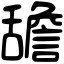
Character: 舚